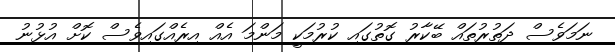
ނަމަވެސް ދަތުރުތައް ބޭކާރު ގޮތުގައި ކުރުމަކީ މަންމަ އެއް އިރެއްގައިވެސް ކޮށް އުޅުނު